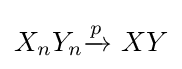
X_{n}Y_{n}{\xrightarrow {\overset {}{p}}}\ XY